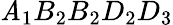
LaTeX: \mathit{A}_{1}B_{2}B_{2}D_{2}D_{3}